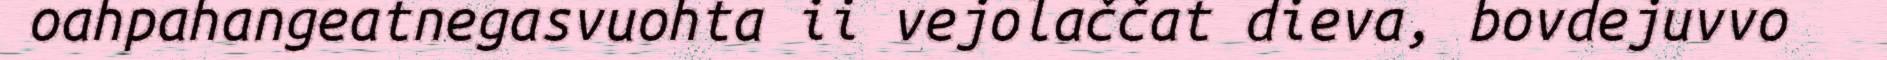
oahpahangeatnegasvuohta ii vejolaččat dieva, bovdejuvvo